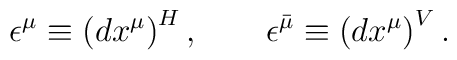
\epsilon^{\mu} \equiv \left(dx^\mu\right)^H, \qquad \epsilon^{\bar\mu} \equiv \left(dx^\mu\right)^V.